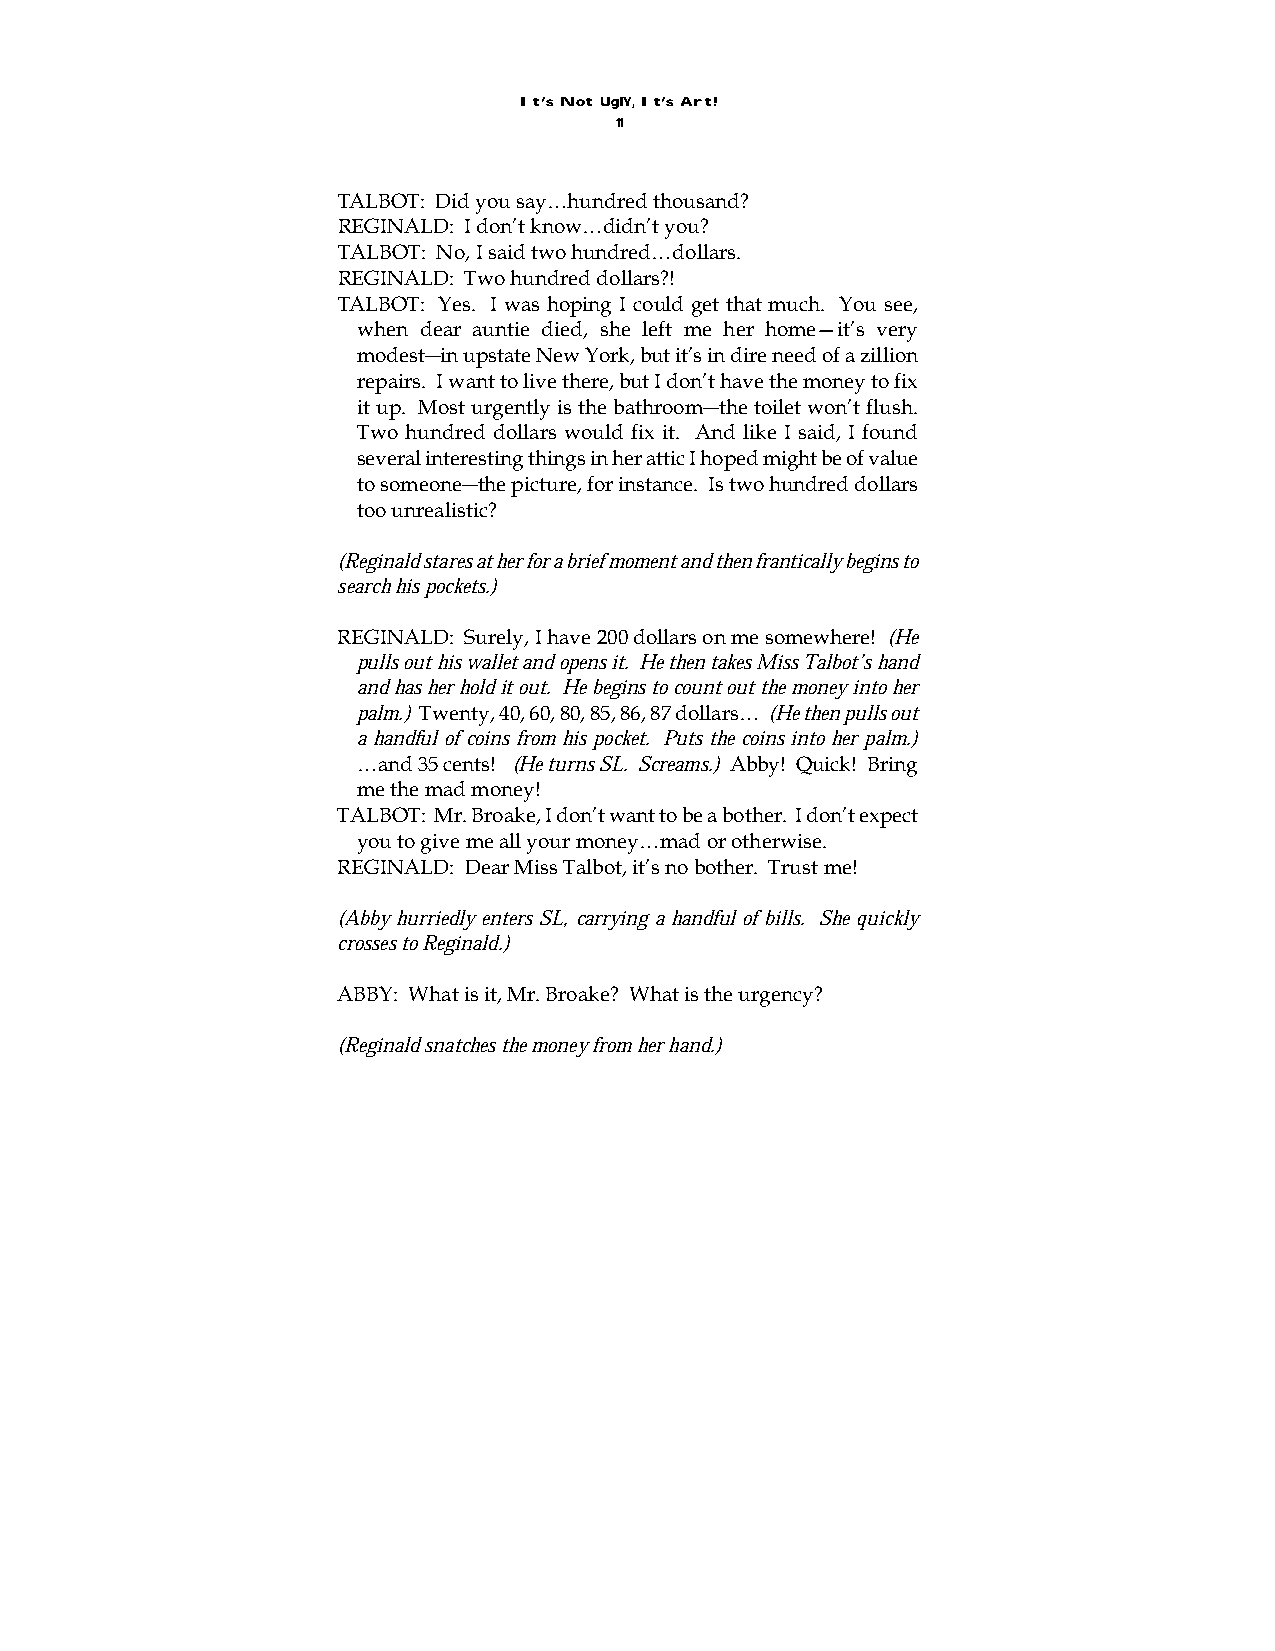
It’s Not UglY, It’s Art!
 11
 TALBOT: Did you say…hundred thousand?
 REGINALD: I don’t know…didn’t you?
 TALBOT: No, I said two hundred…dollars.
 REGINALD: Two hundred dollars?!
 TALBOT: Yes. I was hoping I could get that much. You see,
 when dear auntie died, she left me her home—it’s very
 modest―in upstate New York, but it’s in dire need of a zillion
 repairs. I want to live there, but I don’t have the money to fix
 it up. Most urgently is the bathroom―the toilet won’t flush.
 Two hundred dollars would fix it. And like I said, I found
 several interesting things in her attic I hoped might be of value
 to someone―the picture, for instance. Is two hundred dollars
 too unrealistic?
 (Reginald stares at her for a brief moment and then frantically begins to
 search his pockets.)
 REGINALD: Surely, I have 200 dollars on me somewhere! (He
 pulls out his wallet and opens it. He then takes Miss Talbot’s hand
 and has her hold it out. He begins to count out the money into her
 palm.) Twenty, 40, 60, 80, 85, 86, 87 dollars… (He then pulls out
 a handful of coins from his pocket. Puts the coins into her palm.)
 …and 35 cents! (He turns SL. Screams.) Abby! Quick! Bring
 me the mad money!
 TALBOT: Mr. Broake, I don’t want to be a bother. I don’t expect
 you to give me all your money…mad or otherwise.
 REGINALD: Dear Miss Talbot, it’s no bother. Trust me!
 (Abby hurriedly enters SL, carrying a handful of bills. She quickly
 crosses to Reginald.)
 ABBY: What is it, Mr. Broake? What is the urgency?
 (Reginald snatches the money from her hand.)